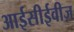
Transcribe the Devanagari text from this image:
आईसीईवीज़